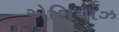
એશિયાઝ